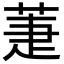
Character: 萐